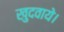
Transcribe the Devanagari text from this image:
खुदवाये।